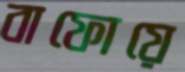
বাফোয়ে